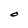
Character: O